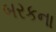
બરકના